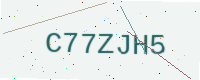
Text: C77ZJH5